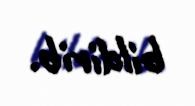
bildirib.